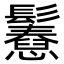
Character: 𩯲